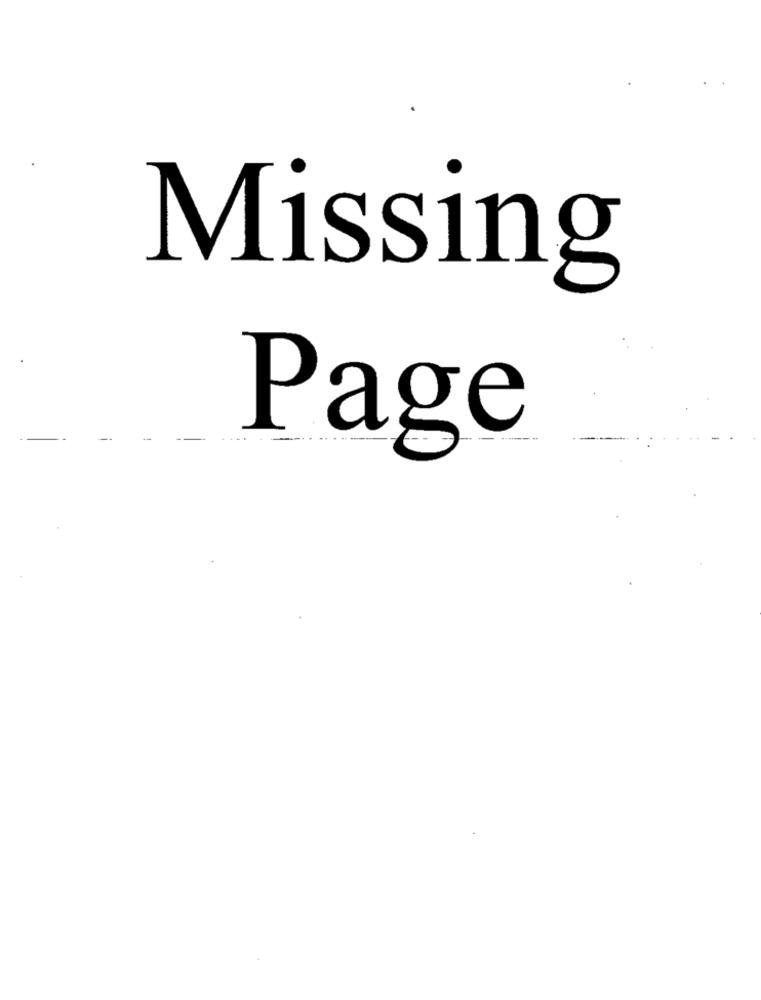
Missing
Page